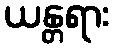
ယန္တရား